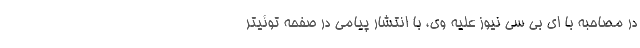
در مصاحبه با ای بی سی نیوز علیه وی، با انتشار پیامی در صفحه توئیتر